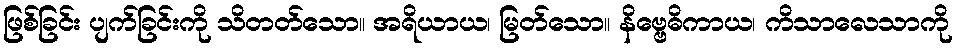
ဖြစ်ခြင်း ပျက်ခြင်းကို သိတတ်သော။ အရိယာယ၊ မြတ်သော။ နိဗ္ဗေဓိကာယ၊ ကိသာလေသာကို